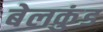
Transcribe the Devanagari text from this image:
बेलकुंड